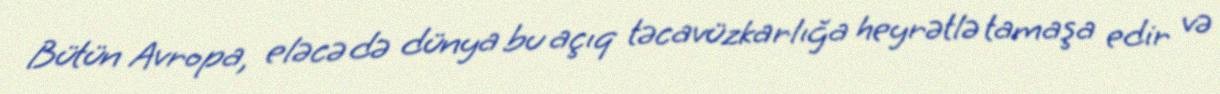
Bütün Avropa, eləcə də dünya bu açıq təcavüzkarlığa heyrətlə tamaşa edir və